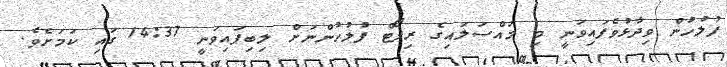
ފުލުހުން ވިދާޅުވެފައިވަނީ މި މައްސަލައިގެ ރިޕޯޓް ފުލުހުންނަށް ލިބިފައިވަނީ 14:37 ގައި ކަމަށެވެ.